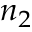
n _ { 2 }